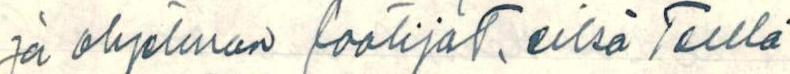
ja ohjelman laatijat, eikö Teillä